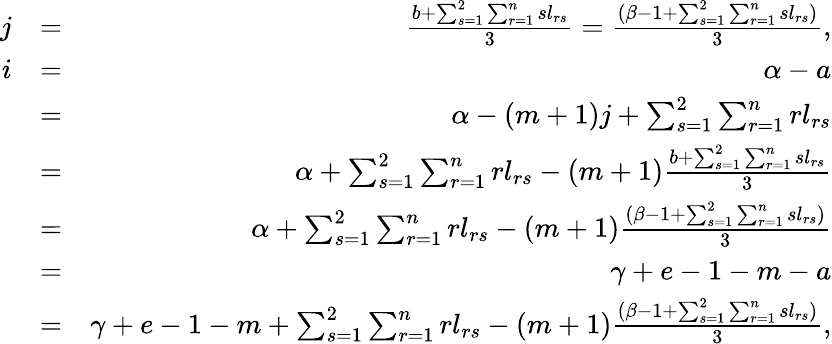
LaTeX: \begin{array}{rlr}{j}&{=}&{\frac{b+\sum_{s=1}^{2}\sum_{r=1}^{n}sl_{rs}}{3}=\frac{(\beta-1+\sum_{s=1}^{2}\sum_{r=1}^{n}sl_{rs})}{3},}\\ {i}&{=}&{\alpha-a}\\ &{=}&{\alpha-(m+1)j+\sum_{s=1}^{2}\sum_{r=1}^{n}rl_{rs}}\\ &{=}&{\alpha+\sum_{s=1}^{2}\sum_{r=1}^{n}rl_{rs}-(m+1)\frac{b+\sum_{s=1}^{2}\sum_{r=1}^{n}sl_{rs}}{3}}\\ &{=}&{\alpha+\sum_{s=1}^{2}\sum_{r=1}^{n}rl_{rs}-(m+1)\frac{(\beta-1+\sum_{s=1}^{2}\sum_{r=1}^{n}sl_{rs})}{3}}\\ &{=}&{\gamma+e-1-m-a}\\ &{=}&{\gamma+e-1-m+\sum_{s=1}^{2}\sum_{r=1}^{n}rl_{rs}-(m+1)\frac{(\beta-1+\sum_{s=1}^{2}\sum_{r=1}^{n}sl_{rs})}{3},}\end{array}